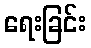
ရေးခြင်း